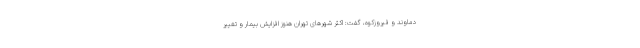
دماوند و فیروزکوه، گفت: اکثر شهرهای تهران هنوز افزایش بیمار و تغییر